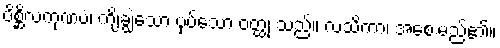
ပိစ္ဆိလကုဏပံ၊ ကျိချွဲသော ပုပ်သော ဝတ္ထု သည်။ လသိကာ၊ အစေးမည်၏။